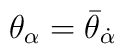
\theta_\alpha =  \bar\theta_{\dot\alpha}